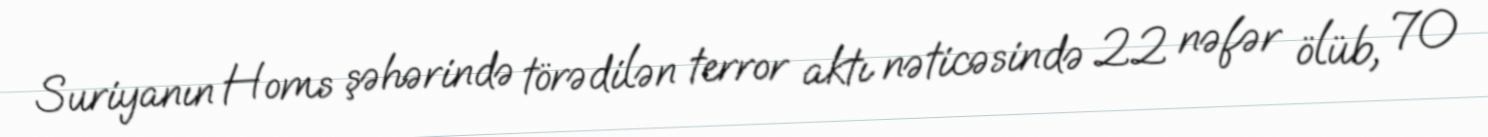
Suriyanın Homs şəhərində törədilən terror aktı nəticəsində 22 nəfər ölüb, 70